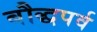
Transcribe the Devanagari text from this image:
बौद्धपर्व